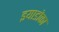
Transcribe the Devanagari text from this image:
इयाडोका